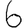
Digit: 6